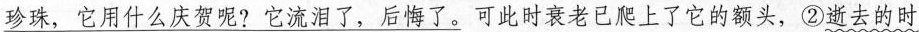
\underline{珍珠，它用什么庆贺呢?它流泪了，后悔了。}可此时衰老已爬上了它的额头，②逝去的时